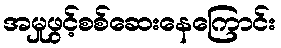
အမှုဖွင့်စစ်ဆေးနေကြောင်း